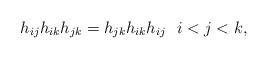
LaTeX: \begin{gather*}h_{ij} h_{ik} h_{jk}=h_{jk} h_{ik} h_{ij} \ \ i < j < k,\end{gather*}